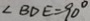
\angle B D E = 9 0 ^ { \circ }